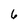
Character: 6